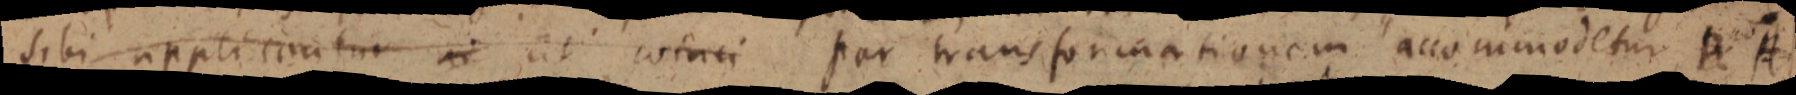
sibi applicantur _ ut coinci par transformationem accommodetur A A